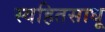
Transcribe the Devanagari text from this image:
स्वहितसाधू